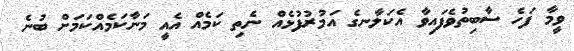
ވީމާ ފަހެ ސާބިތުވެފައިވާ އެކަލާނގެ އަމުރުފުޅެއް ނެތި ކަމެއް އެއީ މަނާކަމެއްކަމަށް ބުނެ